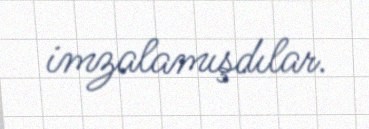
imzalamışdılar.